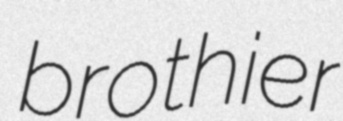
brothier